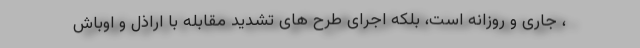
، جاری و روزانه است، بلکه اجرای طرح های تشدید مقابله با اراذل و اوباش